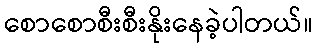
စောစောစီးစီးနိုးနေခဲ့ပါတယ်။